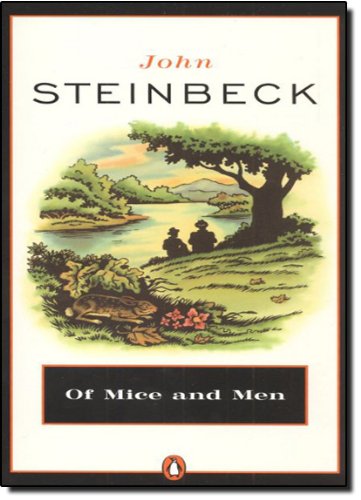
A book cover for Of Mice and Men; John Steinbeck; Literature & Fiction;